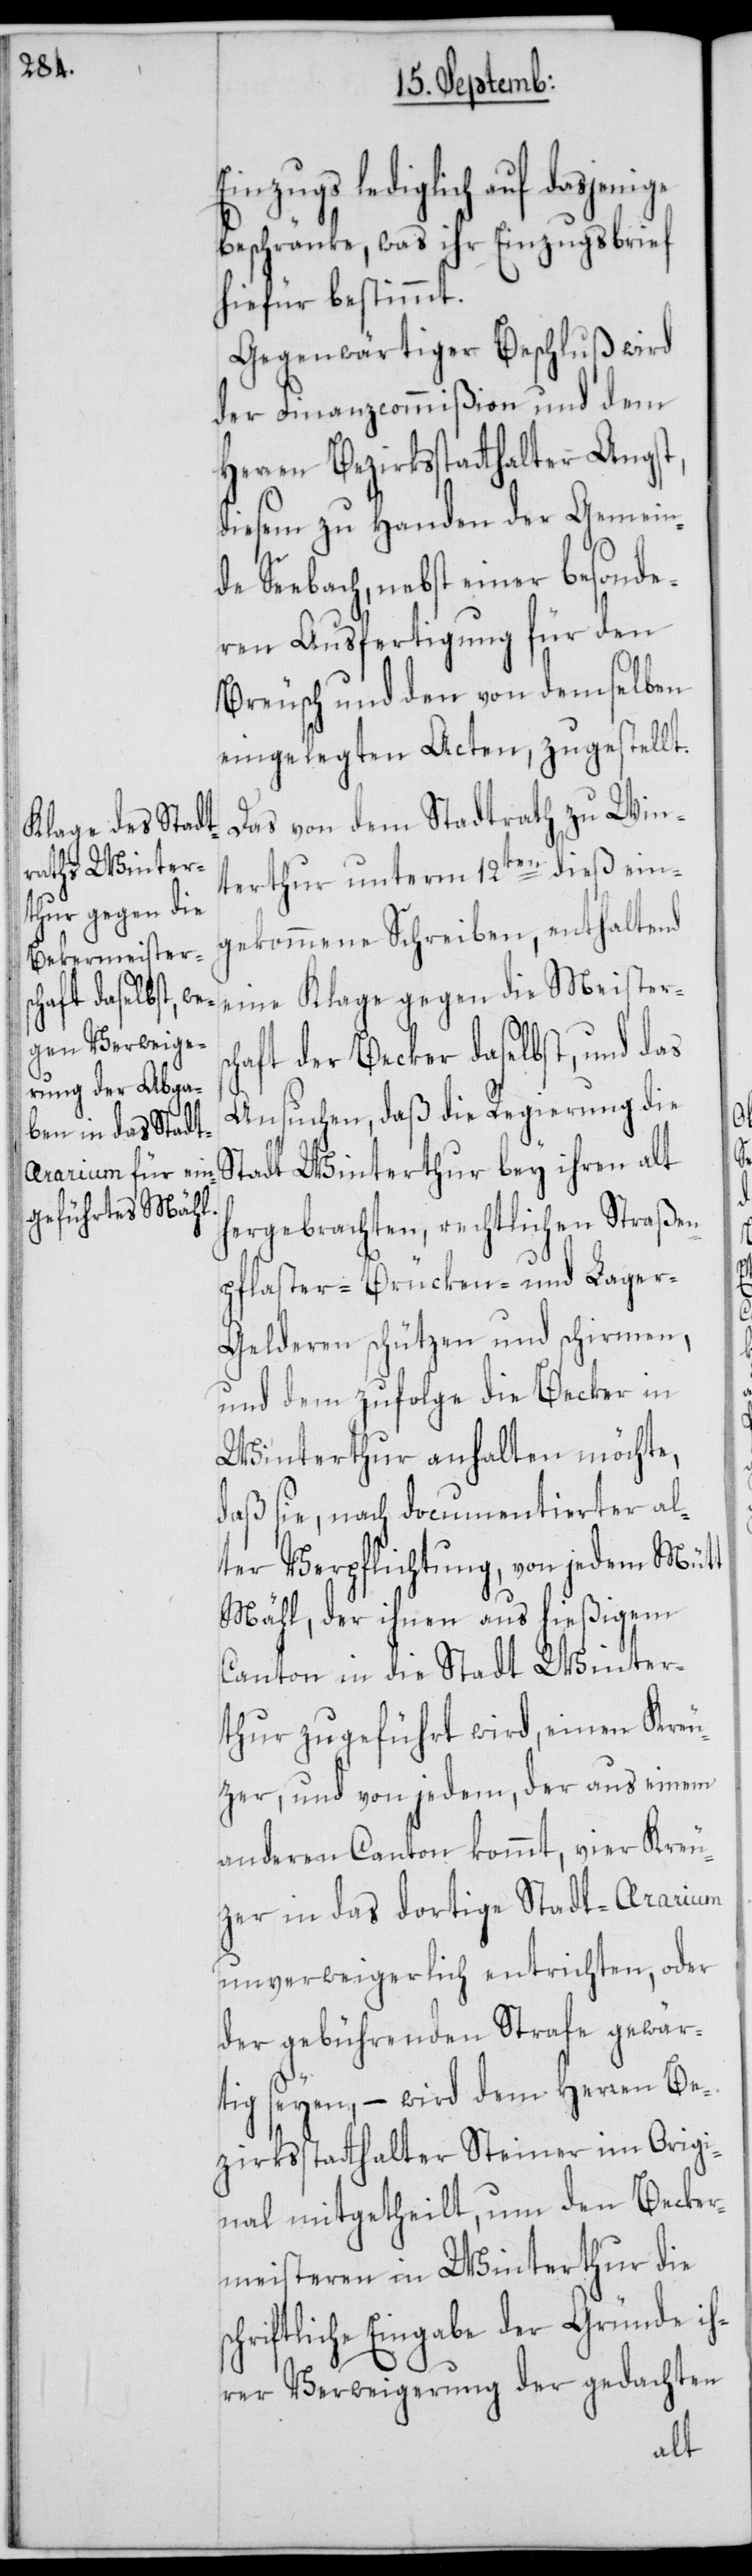
Einzugs lediglich auf dasjenige
beschränke, was ihr Einzugsbrief
hiefür bestimmt.
Gegenwärtiger Beschluß wird
der Finanzcommißion und dem
Herren Bezirksstatthalter Angst,
diesem zu Handen der Gemein¬
de Seebach, nebst einer besonde¬
ren Ausfertigung für den
Breusch und den von demselben
eingelegten Acten, zugestellt.
Das von dem Stadtrath zu Win¬
terthur unterm 12ten dieß ein¬
gekommene Schreiben, enthaltend
eine Klage gegen die Meisters¬
chaft der Becker daselbst, und das
Ansuchen, daß die Regierung die
Stadt Winterthur bey ihren alt
hergebrachten, rechtlichen Straßen¬
pflaster-[,] Brücken- und Lage¬
r-Gelderen schützen und schirmen,
und dem zufolge die Becker in
Winterthur anhalten möchte,
daß sie, nach documentierter al¬
ter Verpflichtung, von jedem Mütt
Mähl, der ihnen aus hießigem
Canton in die Stadt Winter¬
thur zugeführt wird, einen Kreu¬
zer, und von jedem, der aus einem
anderen Canton kommt, vier Kreu¬
zer in das dortige Stadt-Ararium
unverweigerlich entrichten, oder
der gebührenden Strafe gewär¬
tig seyen, – wird dem Herren Be¬
zirksstatthalter Steiner im Origi¬
nal mitgetheilt, um den Becker¬
meisteren in Winterthur die
chriftliche Eingabe der Gründe ih¬
rer Verweigerung der gedachten
s¬